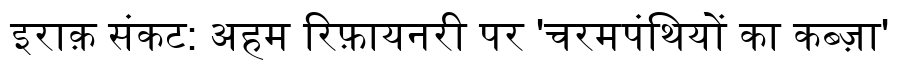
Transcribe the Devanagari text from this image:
इराक़ संकट: अहम रिफ़ायनरी पर 'चरमपंथियों का कब्ज़ा'